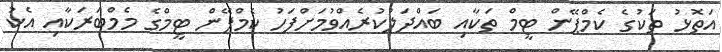
އަތޮޅު ތަކުގެ ކެމްޕޭން ޓީމް ތަކާއި ބައްދަލުކުރެއްވުމަށްފަހު ކެމްޕޭން ޓީމްގެ މެމްބަރަކާއި އެކު